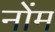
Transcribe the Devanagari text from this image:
नोंम